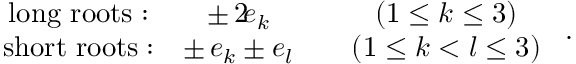
\begin{array} { c c c c } { { \mathrm { l o n g ~ r o o t s : } } } & { { \pm \, 2 \! e _ { k } } } & { { } } & { { ( 1 \leq k \leq 3 ) } } \\ { { \mathrm { s h o r t ~ r o o t s : } } } & { { \pm \, e _ { k } \pm e _ { l } } } & { { } } & { { ( 1 \leq k < l \leq 3 ) } } \end{array} ~ .